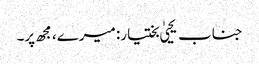
جناب یحییٰ بختیار: میرے، مجھ پر۔